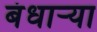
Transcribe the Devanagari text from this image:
बंधाऱ्या